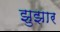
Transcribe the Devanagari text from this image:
झुझार